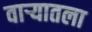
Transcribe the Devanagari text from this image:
वार्‍यातला